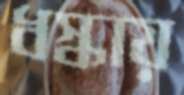
ধস্‌কায়